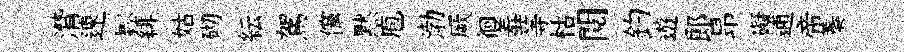
潸速鬆緋姑砌紜駕儻黙庖渤厥徊羞等枯閲釣遊郞昻礙逋帝蓁